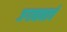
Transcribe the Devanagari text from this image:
जगाबाबतचे